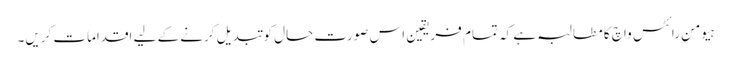
ہیومن رائٹس واچ کا مطالبہ ہے کہ تمام فریقین اس صورت حال کو تبدیل کرنے کے لیے اقدامات کریں۔